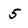
Character: 5